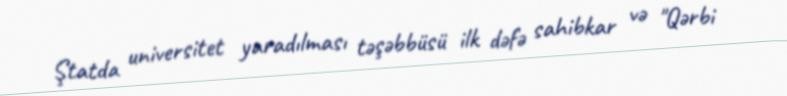
Ştatda universitet yaradılması təşəbbüsü ilk dəfə sahibkar və "Qərbi